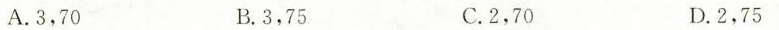
A.3，70 B.3，75 C.2，70 D.2，75